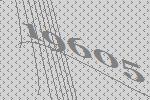
19605